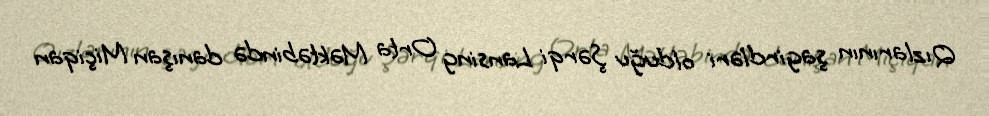
Qızlarının şagirdləri olduğu Şərqi Lansing Orta Məktəbində danışan Miçiqan